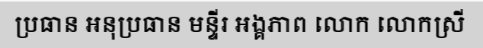
ប្រធាន អនុប្រធាន មន្ទីរ អង្គភាព លោក លោកស្រី